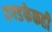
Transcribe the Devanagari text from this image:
दगडफेकही